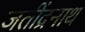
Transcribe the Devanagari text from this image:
जतींद्रनाथ